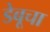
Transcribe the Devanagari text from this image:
डेबूचा